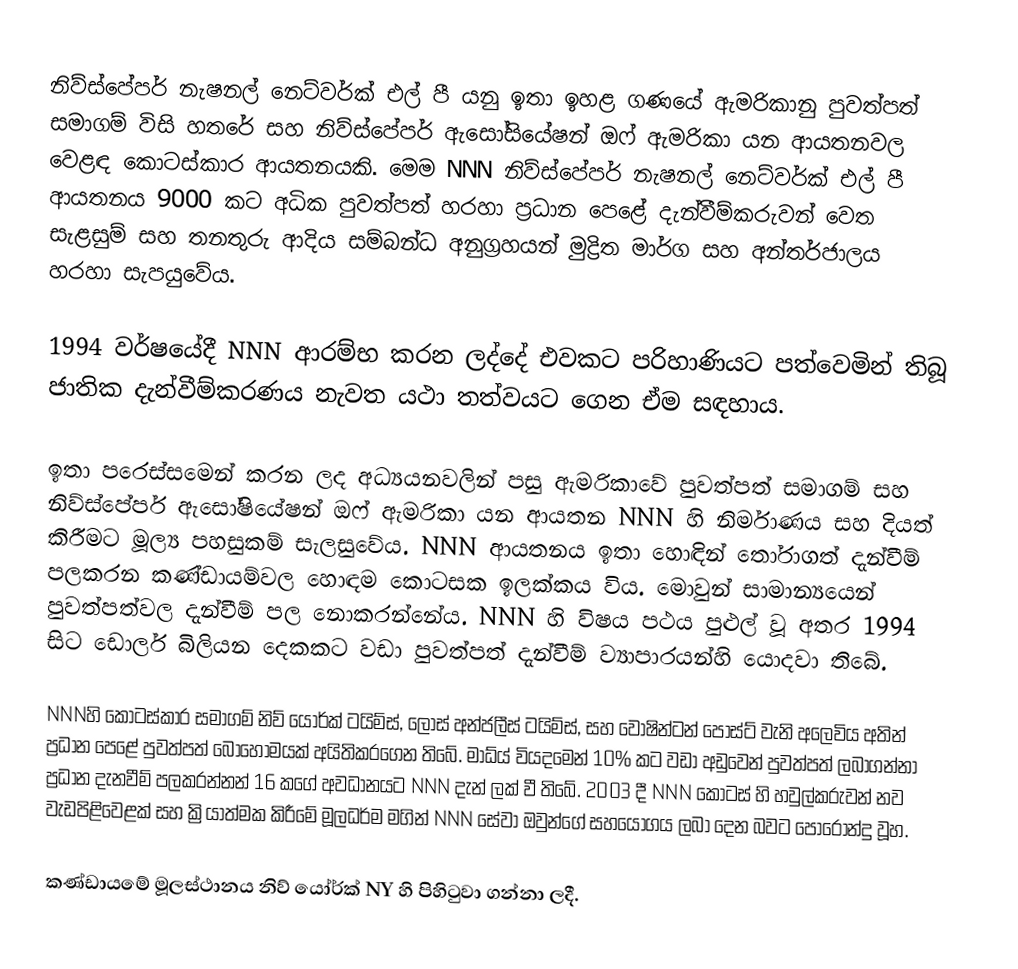
නිව්ස්පේපර් නැෂනල් නෙට්වර්ක් එල් පී යනු ඉතා ඉහළ ගණයේ ඇමරිකානු පුවත්පත් සමාගම් විසි හතරේ සහ නිව්ස්පේපර් ඇසෝසියේෂන් ඔෆ් ඇමරිකා යන ආයතනවල වෙළඳ කොටස්කාර ආයතනයකි. මෙම NNN නිව්ස්පේපර් නැෂනල් නෙට්වර්ක් එල් පී  ආයතනය 9000 කට අධික පුවත්පත් හරහා ප්‍රධාන පෙළේ  දැන්වීම්කරුවන් වෙත සැළසුම් සහ තනතුරු ආදිය සම්බන්ධ අනුග්‍රහයන් මුද්‍රිත මාර්ග සහ අන්තර්ජාලය හරහා සැපයුවේය.

1994 වර්ෂයේදී NNN ආරම්භ කරන ලද්දේ එවකට පරිහාණියට පත්වෙමින් තිබූ ජාතික දැන්වීම්කරණය නැවත යථා තත්වයට ගෙන ඒම සඳහාය.

ඉතා පරෙස්සමෙන් කරන ලද අධ්‍යයනවලින් පසු ඇමරිකාවේ පුවත්පත් සමාගම් සහ  නිව්ස්පේපර් ඇසෝෂියේෂන් ඔෆ් ඇමරිකා යන ආයතන NNN හි නිර්මාණය සහ දියත් කිරීමට මූල්‍ය පහසුකම් සැලසුවේය. NNN ආයතනය ඉතා හොඳින් තෝරාගත් දැන්වීම් පලකරන කණ්ඩායම්වල හොඳම කොටසක ඉලක්කය විය. මොවුන් සාමාන්‍යයෙන් පුවත්පත්වල දැන්වීම් පල නොකරන්නේය.  NNN හි විෂය පථය පුළුල් වූ අතර 1994 සිට ඩොලර් බිලියන දෙකකට වඩා පුවත්පත් දැන්වීම් ව්‍යාපාරයන්හි යොදවා තිබේ.

NNNහි කොටස්කාර සමාගම් නිව් යෝර්ක් ටයිම්ස්, ලොස් අන්ජලීස් ටයිම්ස්, සහ වොෂින්ටන් පෝස්ට් වැනි අලෙවිය අතින් ප්‍රධාන පෙළේ පුවත්පත් බොහොමයක් අයිතිකරගෙන තිබේ. මාධ්ය් වියදමෙන් 10% කට වඩා අඩුවෙන් පුවත්පත් ලබාගන්නා ප්‍රධාන දැනවීම් පලකරන්නන් 16 කගේ අවධානයට NNN දැන් ලක් වී තිබේ. 2003 දී NNN කොටස් හි හවුල්කරුවන් නව වැඩපිළිවෙළක් සහ ක්‍රියාත්මක කිරීමේ මූලධර්ම මගින් NNN සේවා ඔවුන්ගේ සහයෝගය ලබා දෙන බවට පොරොන්දු වූහ.

කණ්ඩායමේ මූලස්ථානය නිව් යෝර්ක් NY හි පිහිටුවා ගන්නා ලදී.